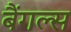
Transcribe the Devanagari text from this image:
बैंगल्स